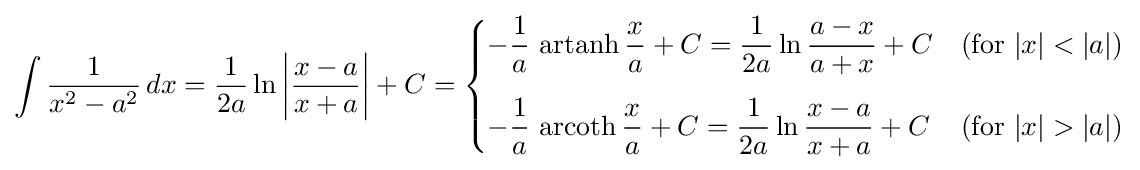
\int {\frac {1}{x^{2}-a^{2}}}\,dx={\frac {1}{2a}}\ln \left|{\frac {x-a}{x+a}}\right|+C={\begin{cases}\displaystyle -{\frac {1}{a}}\,\operatorname {artanh} {\frac {x}{a}}+C={\frac {1}{2a}}\ln {\frac {a-x}{a+x}}+C&{\text{(for }}|x|<|a|{\mbox{)}}\\[12pt]\displaystyle -{\frac {1}{a}}\,\operatorname {arcoth} {\frac {x}{a}}+C={\frac {1}{2a}}\ln {\frac {x-a}{x+a}}+C&{\text{(for }}|x|>|a|{\mbox{)}}\end{cases}}